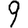
Digit: 9